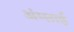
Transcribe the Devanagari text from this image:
अंग्लाई